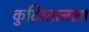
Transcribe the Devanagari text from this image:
कुर्दिस्तानला